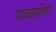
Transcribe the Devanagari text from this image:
प्रत्रकारिता